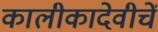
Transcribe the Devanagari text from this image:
कालीकादेवीचें